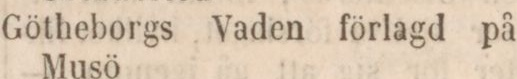
Götheborgs Vaden förlagd på